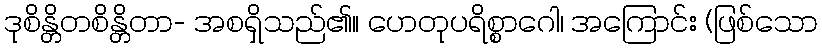
ဒုစိန္တိတစိန္တိတာ- အစရှိသည်၏။ ဟေတုပရိစ္စာဂေါ၊ အကြောင်း (ဖြစ်သော